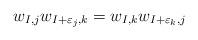
LaTeX: \begin{align*} w_{I,j} w_{I + \varepsilon_j, k} = w_{I,k} w_{I + \varepsilon_k,j} \end{align*}